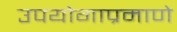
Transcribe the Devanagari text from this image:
उपयोगाप्रमाणे